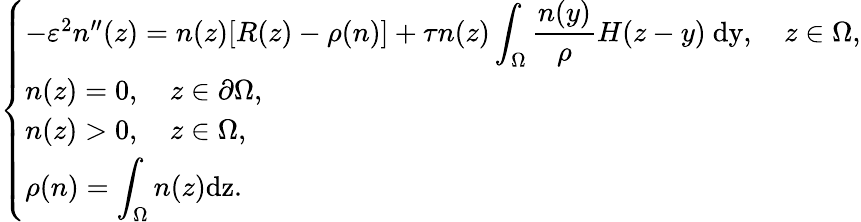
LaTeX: \left\{ \begin{array}{ll}{-\varepsilon^{2}n^{\prime\prime}(z)=n(z)[R(z)-\rho(n)]+\tau n(z)\displaystyle\int_{\Omega}\frac{n(y)}{\rho}H(z-y)\ \mathrm{dy},\quad z\in\Omega,}\\ {n(z)=0,\quad z\in\partial\Omega,}\\ {n(z)>0,\quad z\in\Omega,}\\ {\rho(n)=\displaystyle\int_{\Omega}n(z)\mathrm{dz}.}\end{array}\right.